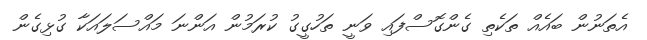
އެތަނުން ބައެއް ތަކެތި ގެންގޮސްފައި ވަނީ ތަހުގީގު ކުރަމުން އަންނަ މައްސަލައަކާ ގުޅިގެން